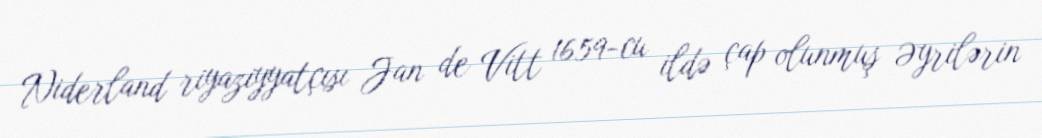
Niderland riyaziyyatçısı Jan de Vitt 1659-cu ildə çap olunmuş Əyrilərin